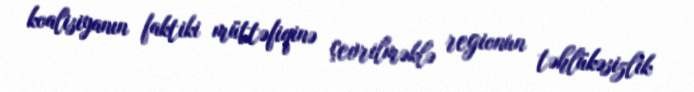
koalisiyanın faktiki müttəfiqinə çevrilməklə regionun təhlükəsizlik